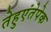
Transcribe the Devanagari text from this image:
तेहुएंतेपेक